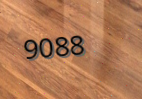
9088